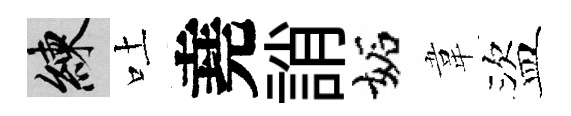
練吐堯誚妬韋盜